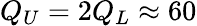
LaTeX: Q_{U}=2Q_{L}\approx 60